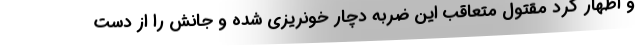
و اظهار کرد مقتول متعاقب این ضربه دچار خونریزی شده و جانش را از دست